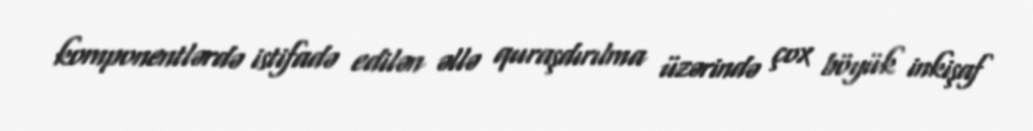
komponentlərdə istifadə edilən əllə quraşdırılma üzərində çox böyük inkişaf